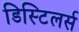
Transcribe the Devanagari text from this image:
डिस्टिलर्स